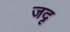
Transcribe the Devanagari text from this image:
जदृ